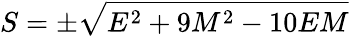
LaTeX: S=\pm{\sqrt{E^{2}+9M^{2}-10EM}}